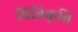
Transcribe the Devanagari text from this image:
प्रितिकृति